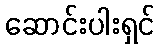
ဆောင်းပါးရှင်